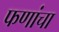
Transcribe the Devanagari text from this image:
फणांचा